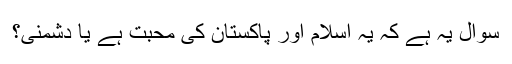
سوال یہ ہے کہ یہ اسلام اور پاکستان کی محبت ہے یا دشمنی؟